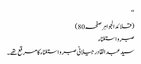
‘‘
(قلائد الجواہر صفحہ80)
صبر و استغناء
سید عبد القادر جیلانی صبر و استغناء کا مرقع تھے۔